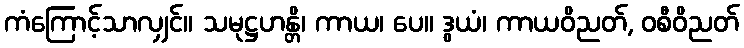
ကံကြောင့်သာလျှင်။ သမုဋ္ဌဟန္တိ၊ ကာယ၊ ပေ။ ဒွယံ၊ ကာယဝိညတ်, ဝစီဝိညတ်